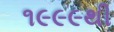
૧૯૯૯થી